Malaria in India - Number 2
Disease focus: Malaria
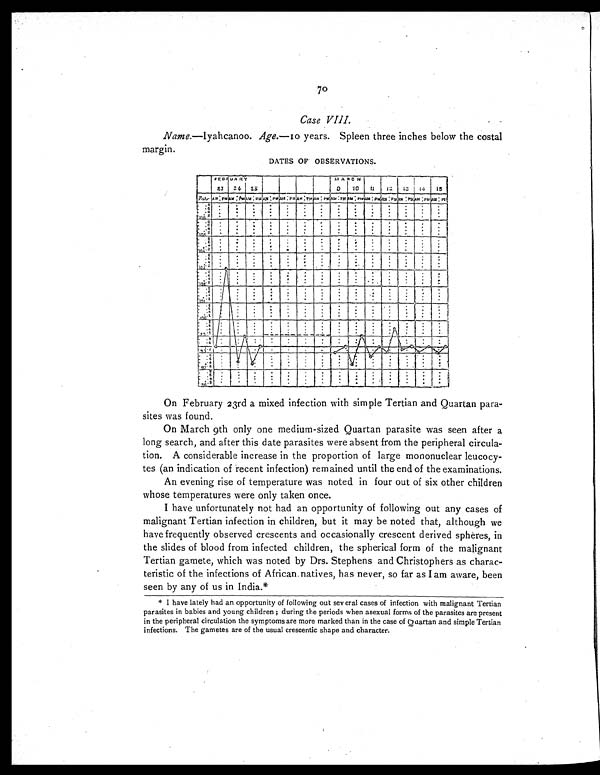
70
Case VIII.
-
Name.—Iyahcanoo. Age.—10 years. Spleen three inches below the costal
margin.
DATES OF OBSERVATIONS.
On February 23rd a mixed infection with simple Tertian and Quartan para-
sites was found.
On March 9th only one medium-sized Quartan parasite was seen after a
long search, and after this date parasites were absent from the peripheral circula-
tion. A considerable increase in the proportion of large mononuclear
l e u c o c y - t e s ( a n i n d i c a t i o n o f r e c e n t i n f e c t i o n ) r e m a i n e d u n t i l t h e e n d o f t h e e x a m i n a t i o n s .
An evening rise of temperature was noted in four out of six other children
whose temperatures were only taken once.
I have unfortunately not had an opportunity of following out any cases of
malignant Tertian infection in children, but it may be noted that, although we
have frequently observed crescents and occasionally crescent derived spheres, in
the slides of blood from infected children, the spherical form of the malignant
Tertian gamete, which was noted by Drs. Stephens and Christophers as charac-
teristic of the infections of African natives, has never, so far as I am aware, been
seen by any of us in India.*
* I have lately had an opportunity of following out several cases of infection with malignant Tertian
parasites in babies and young children ; during the periods when asexual forms of the parasites are present
in the peripheral circulation the symptoms are more marked than in the case of Quartan and simple Tertian
infections. The gametes are of the usual crescentic shape and character.